342_HS1-416511228_319.1 Flying Discs 1949
Agency: Department of War
Incident date: 1/9/50
Page 137
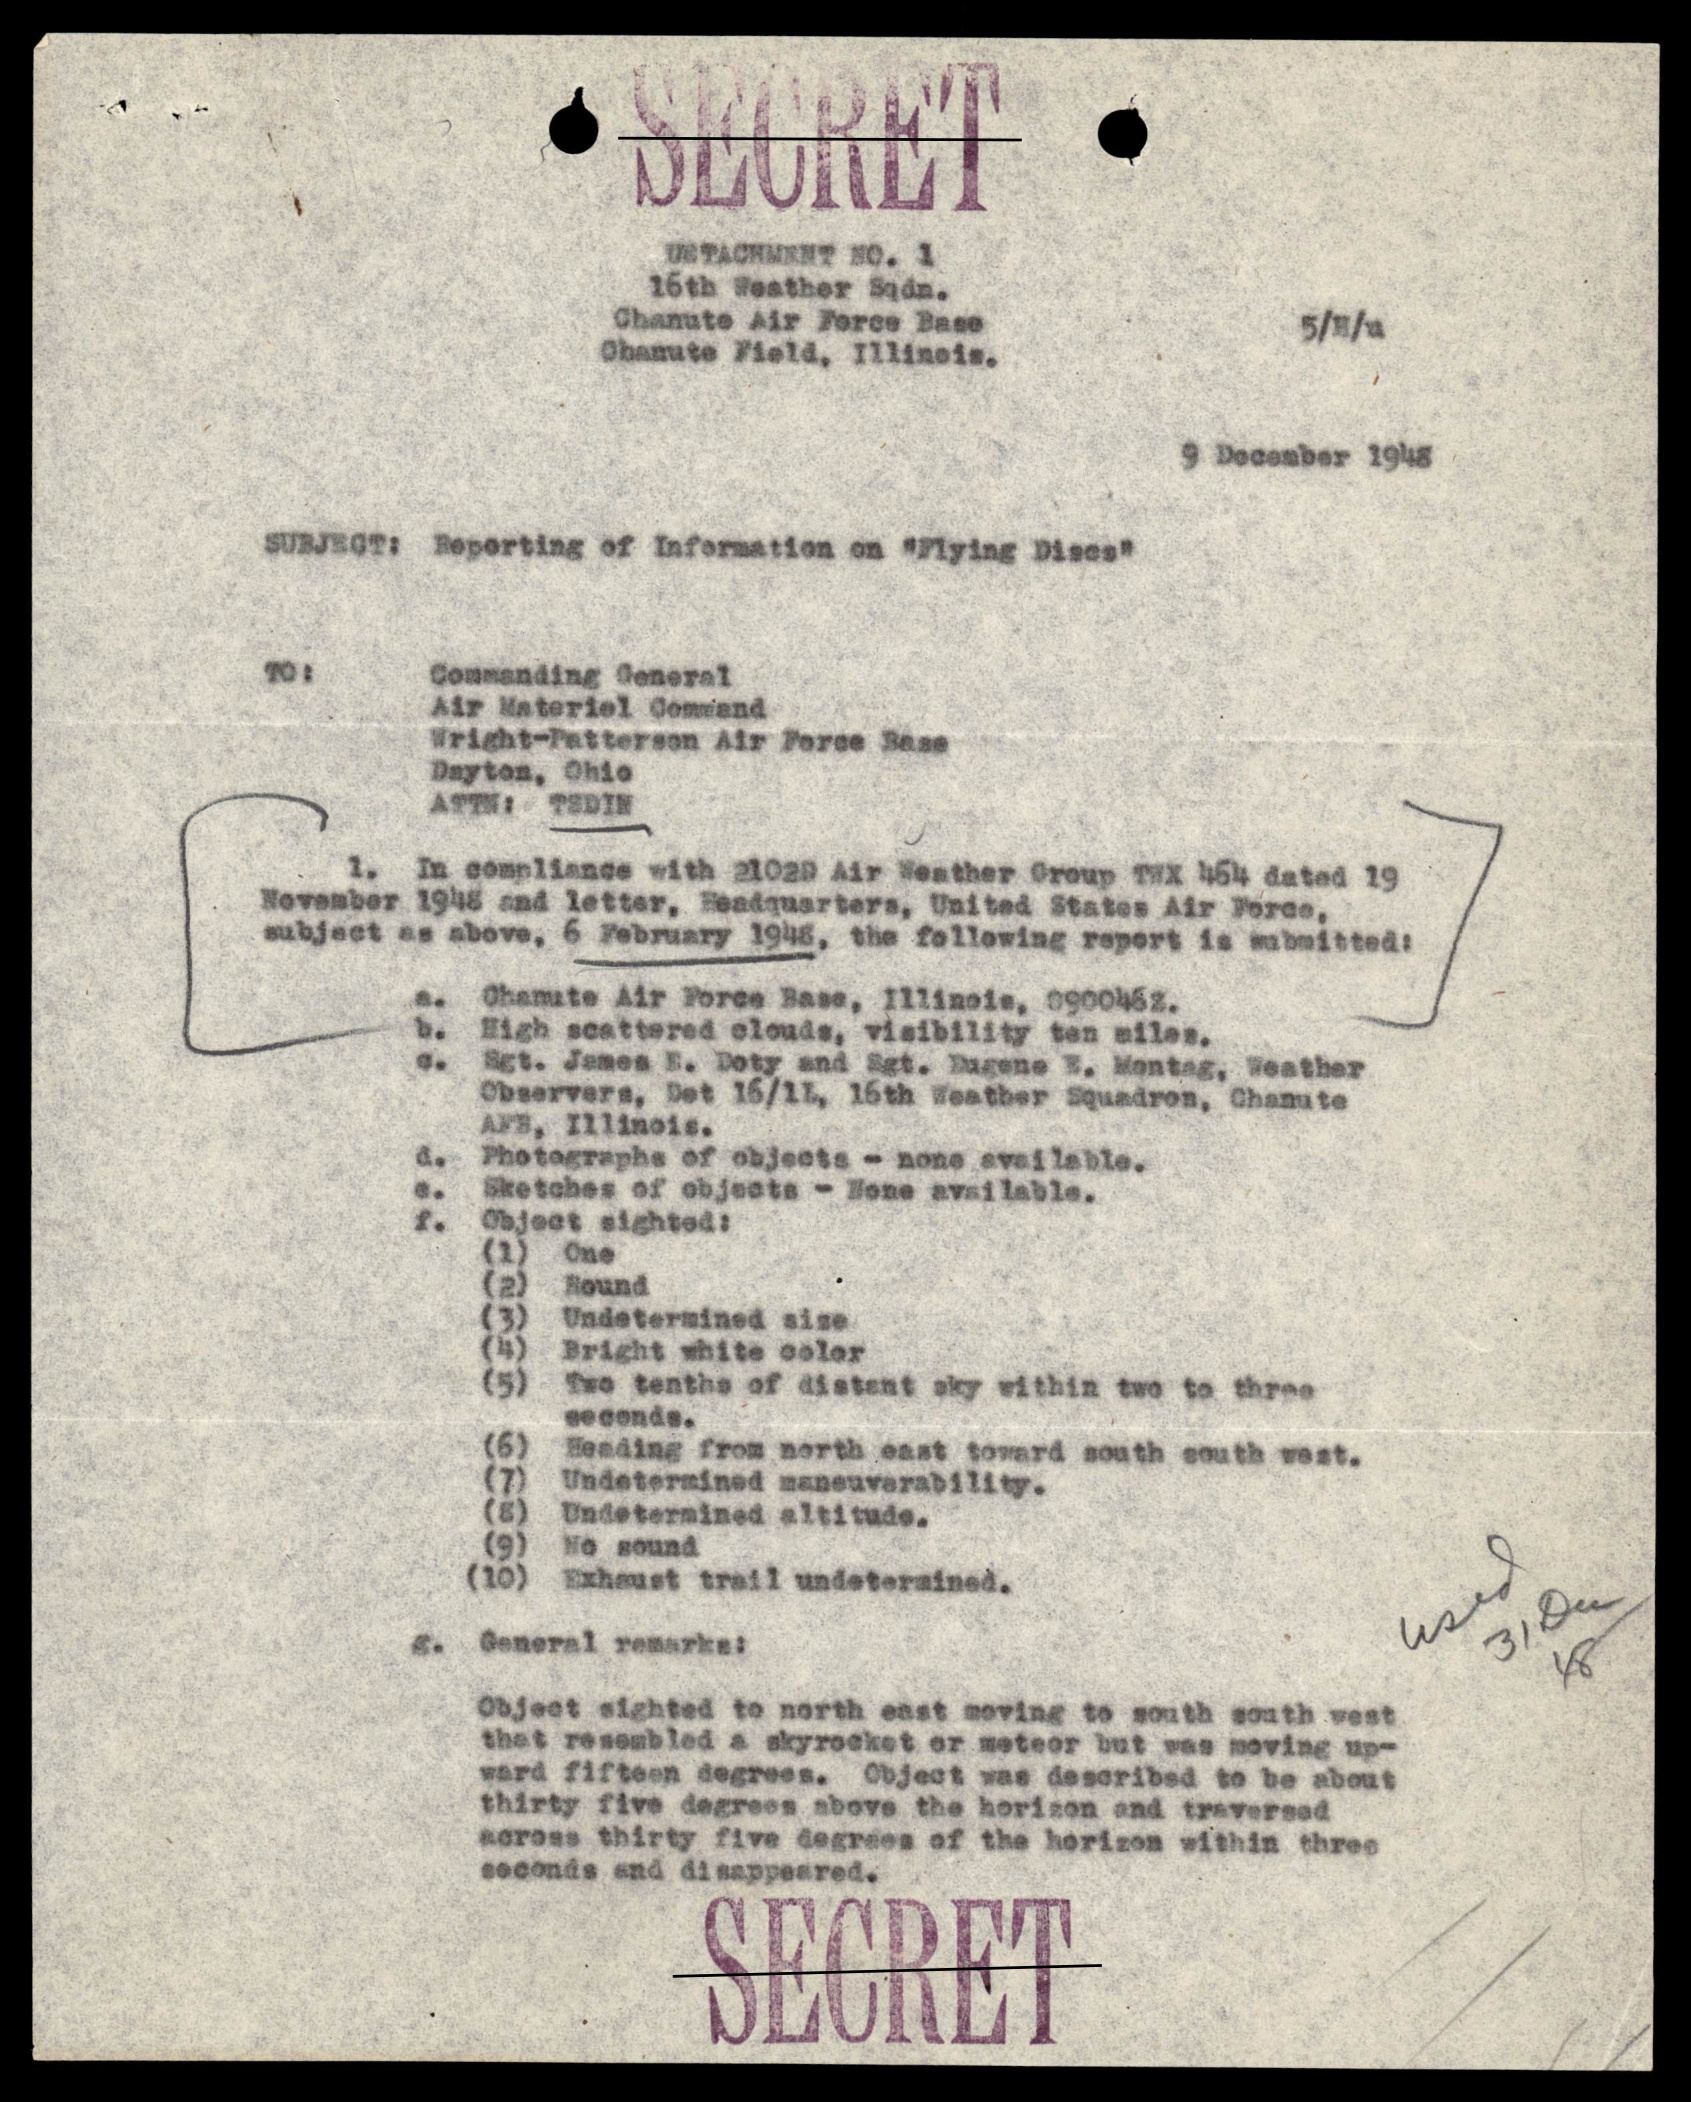